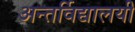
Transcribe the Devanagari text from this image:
अन्तर्विद्यालयी